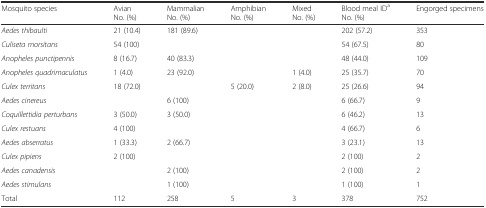
| Mosquito species | AvianNo. (%) | MammalianNo. (%) | AmphibianNo. (%) | MixedNo. (%) | Blood meal IDaNo. (%) | Engorged specimens |
 | --- | --- | --- | --- | --- | --- | --- |
 | Aedes thibaulti | 21 (10.4) | 181 (89.6) |  |  | 202 (57.2) | 353 |
 | Culiseta morsitans | 54 (100) |  |  |  | 54 (67.5) | 80 |
 | Anopheles punctipennis | 8 (16.7) | 40 (83.3) |  |  | 48 (44.0) | 109 |
 | Anopheles quadrimaculatus | 1 (4.0) | 23 (92.0) |  | 1 (4.0) | 25 (35.7) | 70 |
 | Culex territans | 18 (72.0) |  | 5 (20.0) | 2 (8.0) | 25 (26.6) | 94 |
 | Aedes cinereus |  | 6 (100) |  |  | 6 (66.7) | 9 |
 | Coquillettidia perturbans | 3 (50.0) | 3 (50.0) |  |  | 6 (46.2) | 13 |
 | Culex restuans | 4 (100) |  |  |  | 4 (66.7) | 6 |
 | Aedes abserratus | 1 (33.3) | 2 (66.7) |  |  | 3 (23.1) | 13 |
 | Culex pipiens | 2 (100) |  |  |  | 2 (100) | 2 |
 | Aedes canadensis |  | 2 (100) |  |  | 2 (100) | 2 |
 | Aedes stimulans |  | 1 (100) |  |  | 1 (100) | 1 |
 | Total | 112 | 258 | 5 | 3 | 378 | 752 |